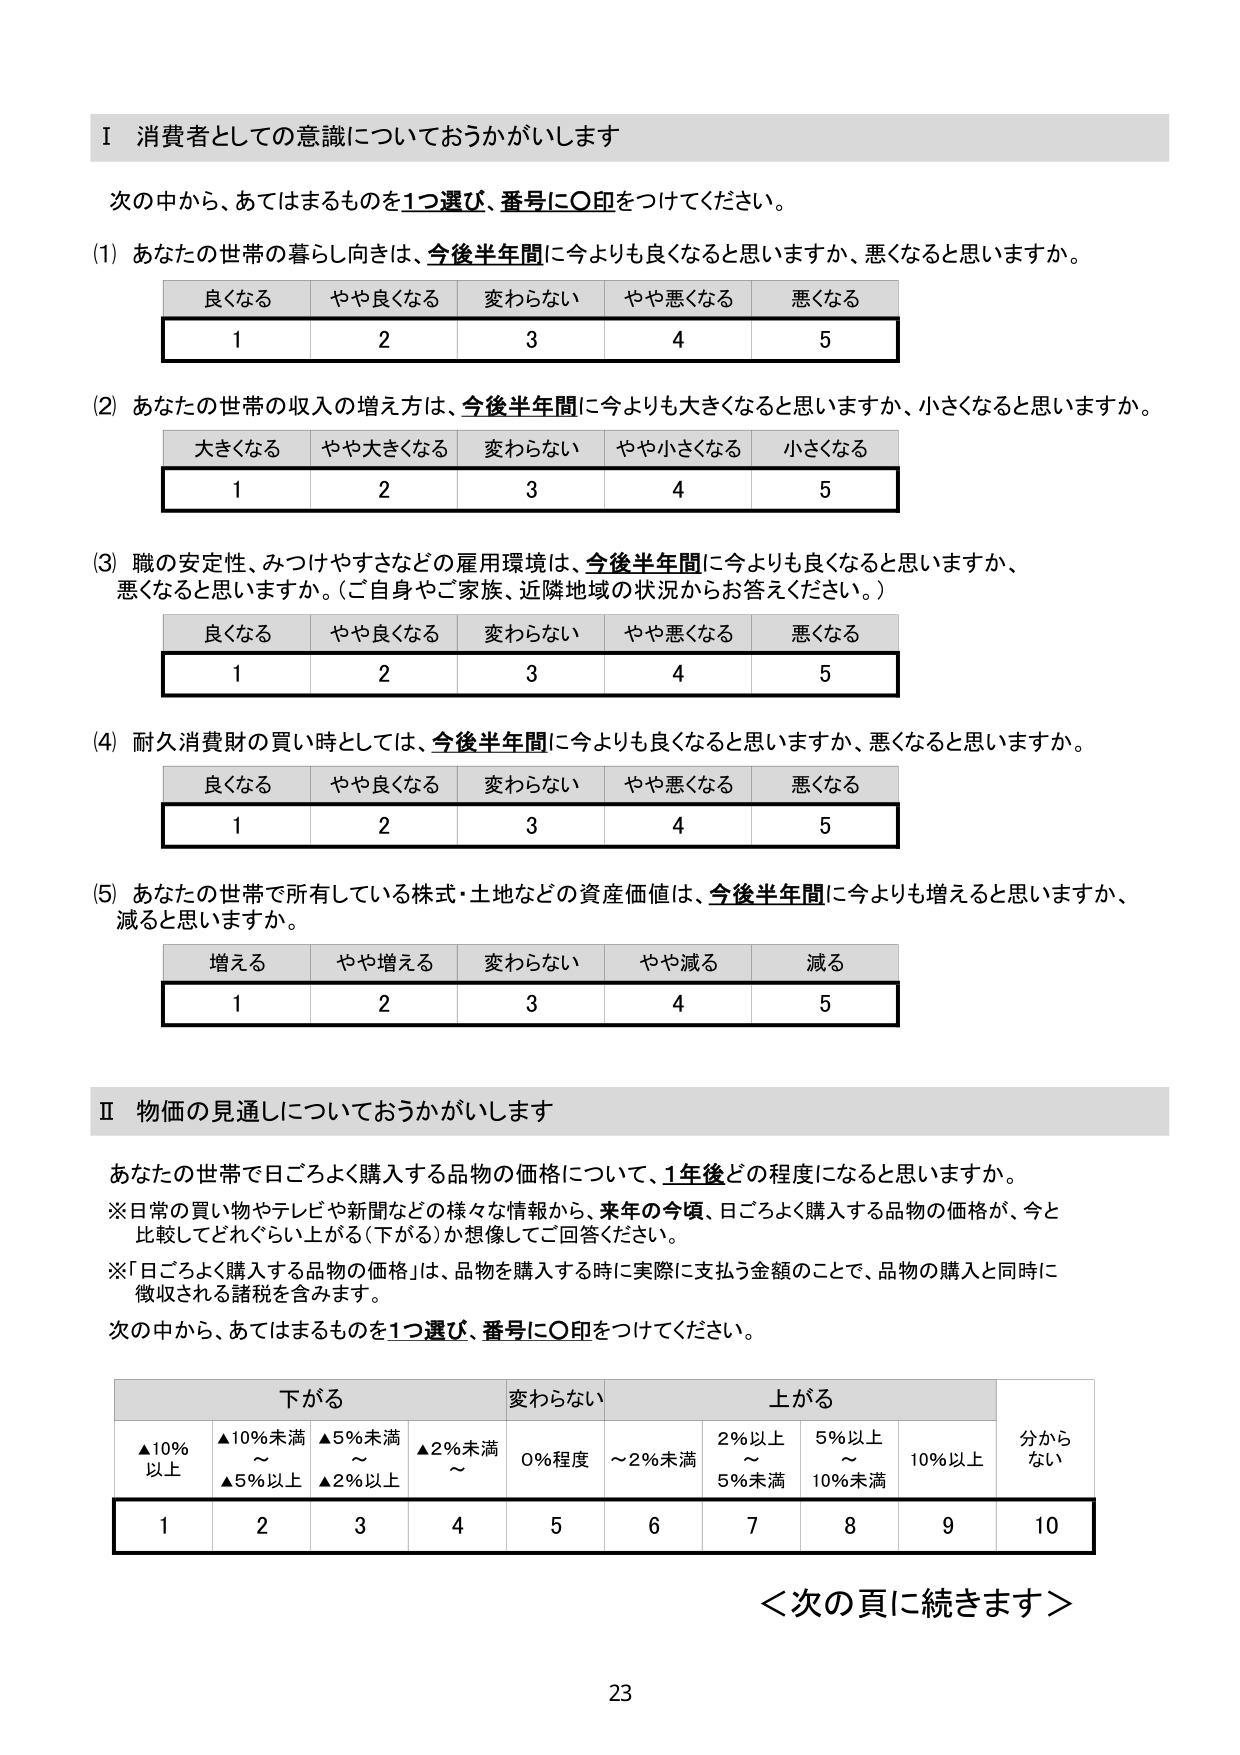
Ⅰ 消費者としての意識についておうかがいします

次の中から、あてはまるものを1つ選び、番号に○印をつけてください。

(1) あなたの世帯の暮らし向きは、今後半年間に今よりも良くなると思いますか、悪くなると思いますか。
　　良くなる　　やや良くなる　　変わらない　　やや悪くなる　　悪くなる
　　1　　　　　　2　　　　　　3　　　　　　4　　　　　　5

(2) あなたの世帯の収入の増え方は、今後半年間に今よりも大きくなると思いますか、小さくなると思いますか。
　　大きくなる　　やや大きくなる　　変わらない　　やや小さくなる　　小さくなる
　　1　　　　　　2　　　　　　3　　　　　　4　　　　　　5

(3) 職の安定性、みつけやすさなどの雇用環境は、今後半年間に今よりも良くなると思いますか、
　　悪くなると思いますか。（ご自身やご家族、近隣地域の状況からお答えください。）
　　良くなる　　やや良くなる　　変わらない　　やや悪くなる　　悪くなる
　　1　　　　　　2　　　　　　3　　　　　　4　　　　　　5

(4) 耐久消費財の買い時としては、今後半年間に今よりも良くなると思いますか、悪くなると思いますか。
　　良くなる　　やや良くなる　　変わらない　　やや悪くなる　　悪くなる
　　1　　　　　　2　　　　　　3　　　　　　4　　　　　　5

(5) あなたの世帯で所有している株式・土地などの資産価値は、今後半年間に今よりも増えると思いますか、
　　減ると思いますか。
　　増える　　やや増える　　変わらない　　やや減る　　減る
　　1　　　　　　2　　　　　　3　　　　　　4　　　　　　5

Ⅱ 物価の見通しについておうかがいします

あなたの世帯で日ごろよく購入する品物の価格について、1年後どの程度になると思いますか。
※日常の買い物やテレビや新聞などの様々な情報から、来年の今頃、日ごろよく購入する品物の価格が、今と
　比較してどれぐらい上がる（下がる）か想像してご回答ください。
※「日ごろよく購入する品物の価格」は、品物を購入する時に実際に支払う金額のことで、品物の購入と同時に
　徴収される諸税を含みます。
次の中から、あてはまるものを1つ選び、番号に○印をつけてください。

　　　　　下がる　　　　　　　変わらない　　　　　　上がる　　　　　　　　分からない
　　▲10%以上　　▲10%未満～▲5%以上　　▲5%未満～▲2%以上　　▲2%未満～　　0%程度　　～2%未満　　2%以上～5%未満　　5%以上～10%未満　　10%以上
　　1　　　　　　2　　　　　　3　　　　　　4　　　　　　5　　　　　　6　　　　　　7　　　　　　8　　　　　　9　　　　　　10

＜次の頁に続きます＞

23